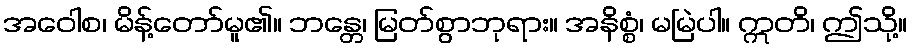
အဝေါစ၊ မိန့်တော်မူ၏။ ဘန္တေ၊ မြတ်စွာဘုရား။ အနိစ္စံ၊ မမြဲပါ။ ဣတိ၊ ဤသို့။